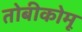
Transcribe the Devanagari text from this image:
तोबीकोमू